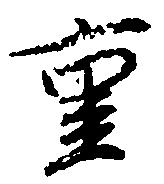
重